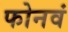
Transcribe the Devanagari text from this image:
फोनवं